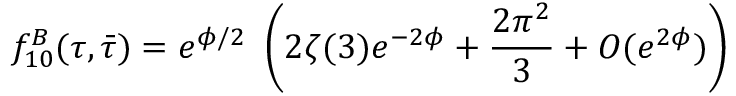
f _ { 1 0 } ^ { B } ( \tau , \bar { \tau } ) = e ^ { \phi / 2 } ~ \left( 2 \zeta ( 3 ) e ^ { - 2 \phi } + \frac { 2 \pi ^ { 2 } } { 3 } + O ( e ^ { 2 \phi } ) \right)